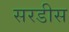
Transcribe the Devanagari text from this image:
सरडीस